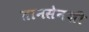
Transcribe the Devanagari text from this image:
तानसेनशी